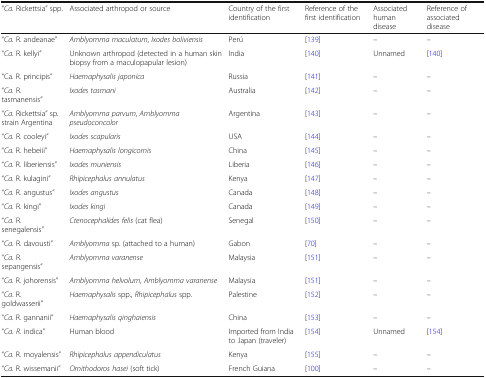
<table><thead><tr><td><b>“<i>Ca.</i> Rickettsia” spp.</b></td><td><b>Associated arthropod or source</b></td><td><b>Country of the first identification</b></td><td><b>Reference of the first identification</b></td><td><b>Associated human disease</b></td><td><b>Reference of associated disease</b></td></tr></thead><tbody><tr><td>“<i>Ca.</i> R. andeanae”</td><td><i>Amblyomma maculatum</i>, <i>Ixodes boliviensis</i></td><td>Perú</td><td>[139]</td><td>–</td><td>–</td></tr><tr><td>“<i>Ca.</i> R. kellyi”</td><td>Unknown arthropod (detected in a human skin biopsy from a maculopapular lesion)</td><td>India</td><td>[140]</td><td>Unnamed</td><td>[140]</td></tr><tr><td>“Ca. R. principis”</td><td><i>Haemaphysalis japonica</i></td><td>Russia</td><td>[141]</td><td>–</td><td>–</td></tr><tr><td>“<i>Ca.</i> R. tasmanensis”</td><td><i>Ixodes tasmani</i></td><td>Australia</td><td>[142]</td><td>–</td><td>–</td></tr><tr><td>“<i>Ca.</i> Rickettsia” sp. strain Argentina</td><td><i>Amblyomma parvum</i>, <i>Amblyomma pseudoconcolor</i></td><td>Argentina</td><td>[143]</td><td>–</td><td>–</td></tr><tr><td>“<i>Ca.</i> R. cooleyi”</td><td><i>Ixodes scapularis</i></td><td>USA</td><td>[144]</td><td>–</td><td>–</td></tr><tr><td>“<i>Ca</i>. R. hebeiii”</td><td><i>Haemaphysalis longicornis</i></td><td>China</td><td>[145]</td><td>–</td><td>–</td></tr><tr><td>“<i>Ca</i>. R. liberiensis”</td><td><i>Ixodes muniensis</i></td><td>Liberia</td><td>[146]</td><td>–</td><td>–</td></tr><tr><td>“<i>Ca</i>. R. kulagini”</td><td><i>Rhipicephalus annulatus</i></td><td>Kenya</td><td>[147]</td><td>–</td><td>–</td></tr><tr><td>“<i>Ca</i>. R. angustus”</td><td><i>Ixodes angustus</i></td><td>Canada</td><td>[148]</td><td>–</td><td>–</td></tr><tr><td>“<i>Ca.</i> R. kingi”</td><td><i>Ixodes kingi</i></td><td>Canada</td><td>[149]</td><td>–</td><td>–</td></tr><tr><td>“<i>Ca.</i> R. senegalensis”</td><td><i>Ctenocephalides felis</i> (cat flea)</td><td>Senegal</td><td>[150]</td><td>–</td><td>–</td></tr><tr><td>“<i>Ca.</i> R. davousti”</td><td><i>Amblyomma</i> sp. (attached to a human)</td><td>Gabon</td><td>[70]</td><td>–</td><td>–</td></tr><tr><td>“<i>Ca.</i> R. sepangensis”</td><td><i>Amblyomma varanense</i></td><td>Malaysia</td><td>[151]</td><td>–</td><td>–</td></tr><tr><td>“<i>Ca</i>. R. johorensis”</td><td><i>Amblyomma helvolum</i>, <i>Amblyomma varanense</i></td><td>Malaysia</td><td>[151]</td><td>–</td><td>–</td></tr><tr><td>“<i>Ca</i>. R. goldwasserii”</td><td><i>Haemaphysalis</i> spp., <i>Rhipicephalus</i> spp.</td><td>Palestine</td><td>[152]</td><td>–</td><td>–</td></tr><tr><td>“<i>Ca</i>. R. gannanii”</td><td><i>Haemaphysalis qinghaiensis</i></td><td>China</td><td>[153]</td><td>–</td><td>–</td></tr><tr><td>“<i>Ca. R.</i> indica”</td><td>Human blood</td><td>Imported from India to Japan (traveler)</td><td>[154]</td><td>Unnamed</td><td>[154]</td></tr><tr><td>“<i>Ca</i>. R. moyalensis”</td><td><i>Rhipicephalus appendiculatus</i></td><td>Kenya</td><td>[155]</td><td>–</td><td>–</td></tr><tr><td>“<i>Ca</i>. R. wissemanii”</td><td><i>Ornithodoros hasei</i> (soft tick)</td><td>French Guiana</td><td>[100]</td><td>–</td><td>–</td></tr></tbody></table>